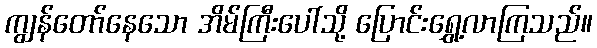
ကျွန်တော်နေသော အိမ်ကြီးပေါ်သို့ ပြောင်းရွှေ့လာကြသည်။